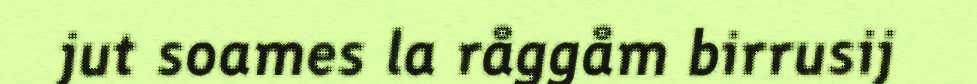
jut soames la råggåm birrusij